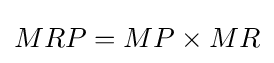
MRP=MP\times MR